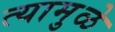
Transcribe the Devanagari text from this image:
त्यामुुळे